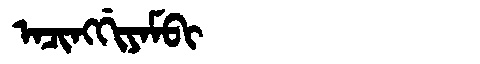
Manchu: ᠠᠴᡳᠩᡤᡳᠶᠠᠮᠪᡳ
Romanization: ACINGGIYAMBI